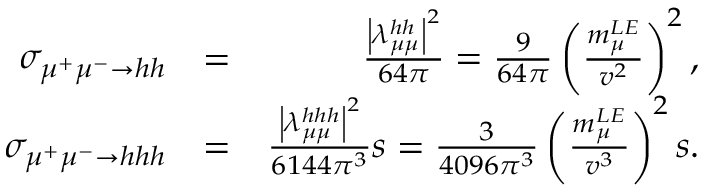
\begin{array} { r l r } { \sigma _ { \mu ^ { + } \mu ^ { - } \to h h } } & { = } & { \frac { \left| \lambda _ { \mu \mu } ^ { h h } \right| ^ { 2 } } { 6 4 \pi } = \frac { 9 } { 6 4 \pi } \left( \frac { m _ { \mu } ^ { L E } } { v ^ { 2 } } \right) ^ { 2 } , } \\ { \sigma _ { \mu ^ { + } \mu ^ { - } \to h h h } } & { = } & { \frac { \left| \lambda _ { \mu \mu } ^ { h h h } \right| ^ { 2 } } { 6 1 4 4 \pi ^ { 3 } } s = \frac { 3 } { 4 0 9 6 \pi ^ { 3 } } \left( \frac { m _ { \mu } ^ { L E } } { v ^ { 3 } } \right) ^ { 2 } s . } \end{array}